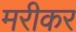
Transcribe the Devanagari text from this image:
मरीकर